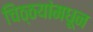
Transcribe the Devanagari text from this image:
चिठ्ठयांमधून